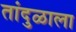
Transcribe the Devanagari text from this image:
तांदुळाला